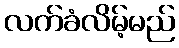
လက်ခံလိမ့်မည်